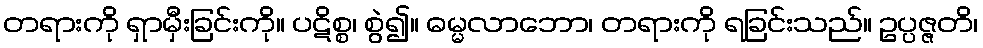
တရားကို ရှာမှီးခြင်းကို။ ပဋိစ္စ၊ စွဲ၍။ ဓမ္မလာဘော၊ တရားကို ရခြင်းသည်။ ဥပ္ပဇ္ဇတိ၊